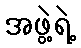
အဖွဲ့ရဲ့